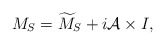
\begin{align*}M_S=\widetilde{M}_S+i{\cal A}\times I, \end{align*}